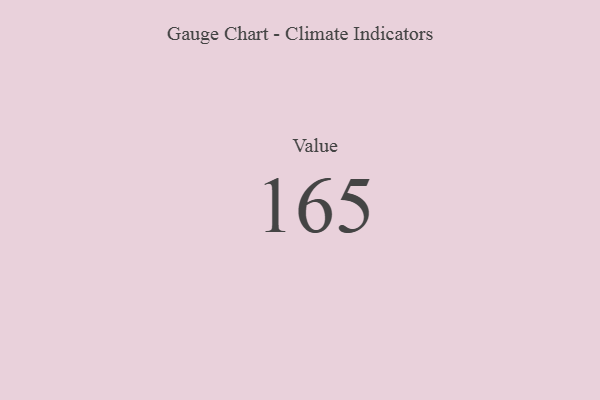
{"axis": {"x": "Metric", "y": "Value"}, "legend": [""], "data": [{"x": "Value", "y": 165, "type": ""}]}